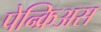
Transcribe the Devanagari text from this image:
पेन्क्रिअस